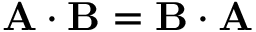
\mathbf { A } \cdot \mathbf { B } = \mathbf { B } \cdot \mathbf { A }